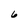
Character: 6